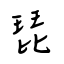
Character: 琵